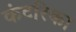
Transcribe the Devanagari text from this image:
कंटरिका